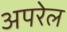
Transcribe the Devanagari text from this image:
अपरेल